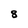
Character: 8